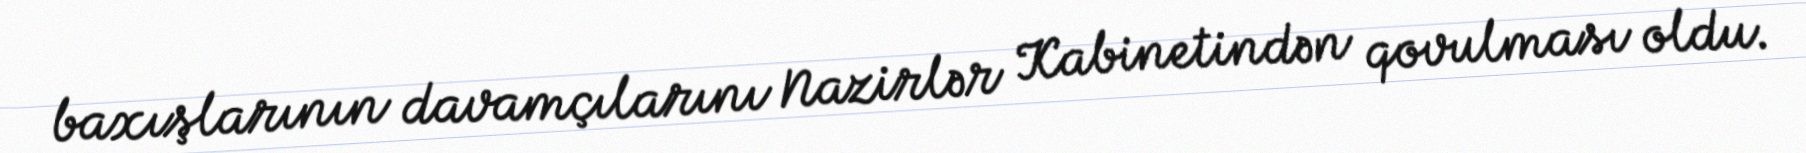
baxışlarının davamçılarını Nazirlər Kabinetindən qovulması oldu.